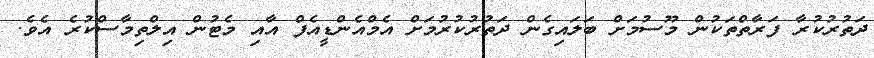
ދަތުރުކުރާ ފަރާތްތަކުން މޫސުމަށް ބަލައިގެން ދަތުރުކުރުމަށް އެމްއެންޑީއެފް އާއި މެޓުން އިލްތިމާސްކުރެ އެވެ.